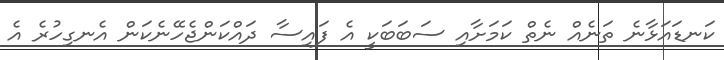
ކަނޑައަޅާނެ ތަނެއް ނެތް ކަމަށާއި ސަބަބަކީ އެ ފައިސާ ދައްކަންޖެހޭނެކަން އެނގިހުރެ އެ